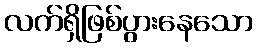
လက်ရှိဖြစ်ပွားနေသော